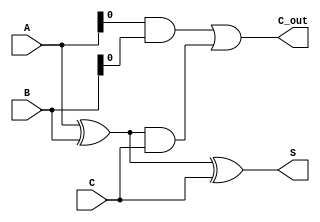
module DynamicCarrySaveAdder (
    input [3:0] A, // Operand A
    input [3:0] B, // Operand B
    input [3:0] C, // Operand C
    output [3:0] S, // Sum output
    output [3:0] C_out // Carry output
);

    // Internal signals for intermediate calculations
    wire [3:0] P_AB; // Partial sum for A and B
    wire [3:0] P_AC; // Partial sum for A and C
    wire [3:0] P_BC; // Partial sum for B and C
    
    // Generate partial sums and carries
    assign P_AB = A ^ B;              // Sum of A and B
    assign C_AB = A & B;              // Carry of A and B
    
    assign P_AC = A ^ C;              // Sum of A and C
    assign C_AC = A & C;              // Carry of A and C
    
    assign P_BC = B ^ C;              // Sum of B and C
    assign C_BC = B & C;              // Carry of B and C
    
    // Calculate final sum and carry outputs
    assign S = P_AB ^ C;              // Final sum output
    assign C_out = C_AB | (P_AB & C); // Final carry output

endmodule